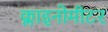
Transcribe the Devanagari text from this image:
क्लाइनोमीटर